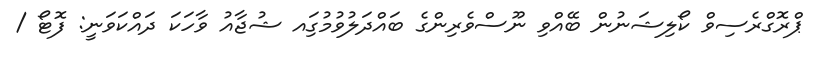
ޕްރޮގްރެސިވް ކޯލިޝަނުން ބޭއްވި ނޫސްވެރިންގެ ބައްދަލުވުމުގަިއ ޝުޖާއު ވާހަކަ ދައްކަވަނީ: ފޮޓޯ /